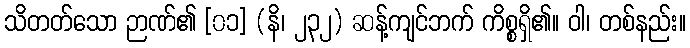
သိတတ်သော ဉာဏ်၏ [၀၁] (နိ၊ ၂၃၂) ဆန့်ကျင်ဘက် ကိစ္စရှိ၏။ ဝါ၊ တစ်နည်း။